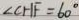
\angle C H F = 6 0 ^ { \circ }